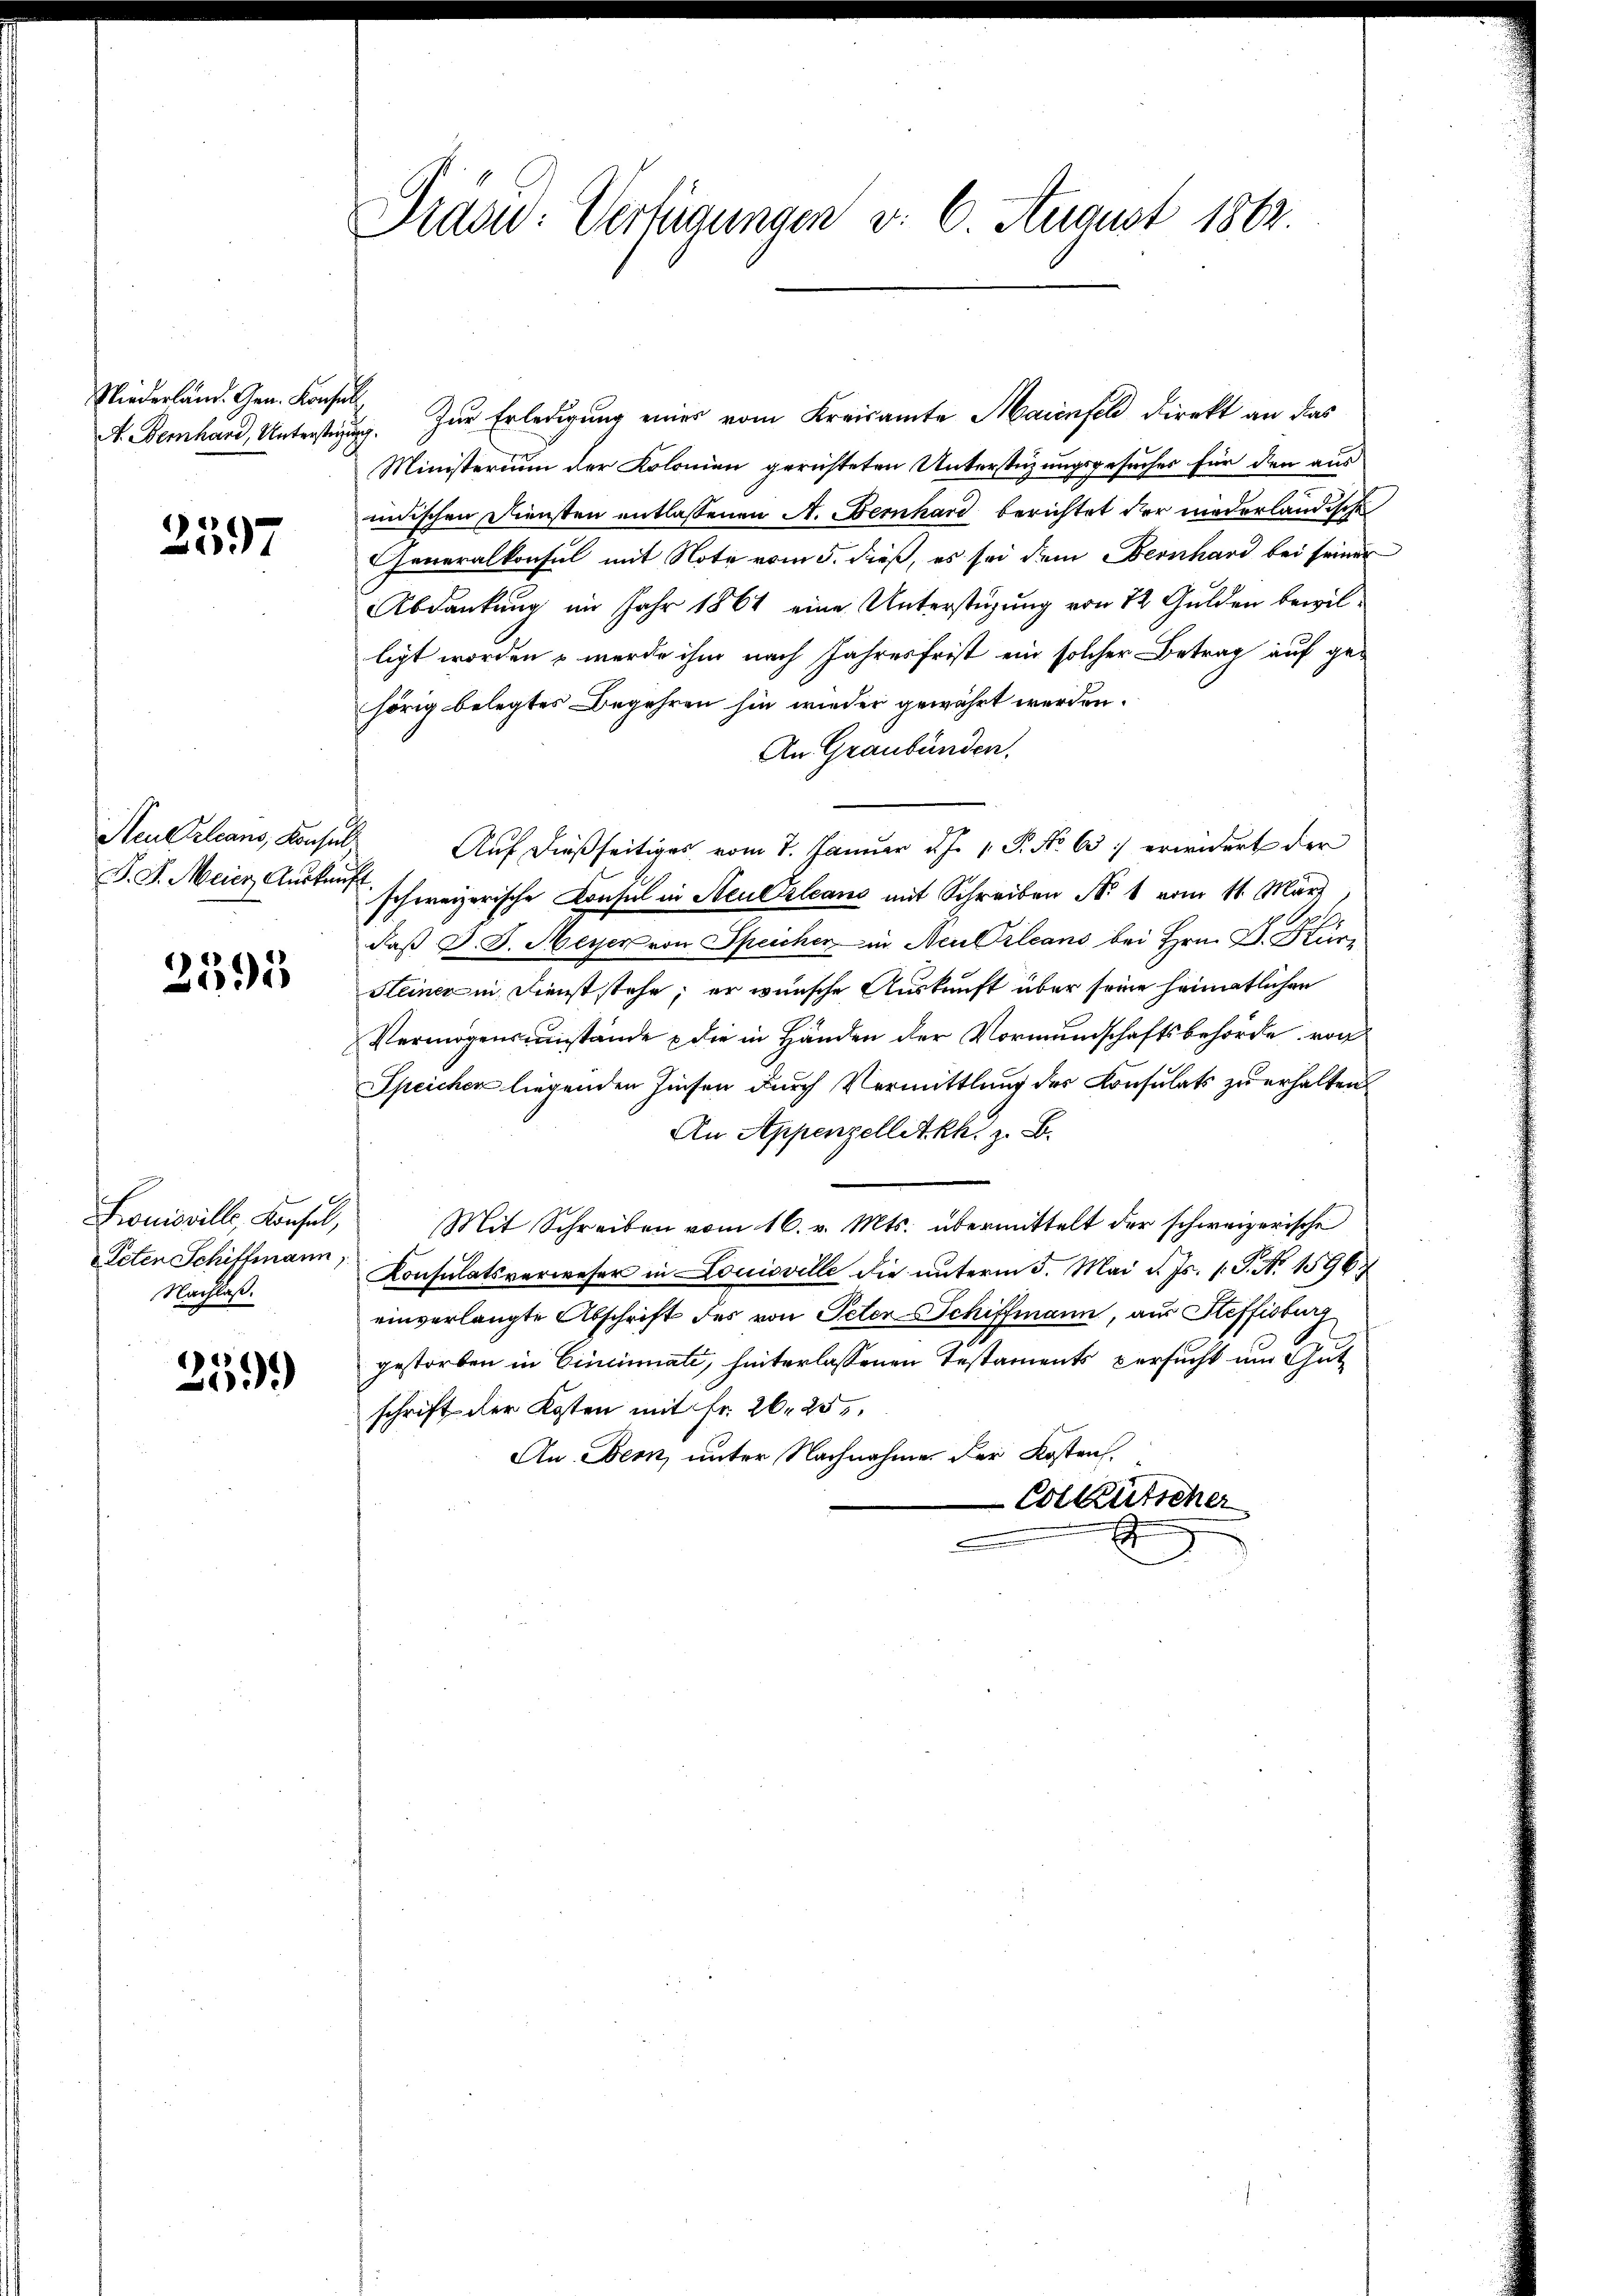
Niederländ. Gen. Konser
A. Demhard, Unterste

2597

2595

Louisville, Konsul,
Peten Schiffmann,
Nachlast.

359.)

Pras: Verfügungen v. 6. August 1862.

t
Zur Erledigung eines vom Kreisamte Maienfeld direkt an das
E.
Ministerium der Kolonien gerichteten Unterstüzungsgesuches für den aus
inischen Diensten entlassenen A. Bernhard berichtet der niederländische
Generalkonsul mit Note vom 5. dieß, es sei dem Bernhard bei seiner
Abdankung im Jahr 1861 eine Unterstüzung von 12 Gulden bewilligt worden werde ihm nach Jahresfrist ein solcher Betrag auf gehörig belegtes Begehren hin wieder gewährt werden.
An Graubünden.
Neukleans, Konsuls Auf dießseitiges vom 7. Januar d. J. 1. P. No 63 erwidert der
F. J. Meier Auskauf schweizerische Consul in Neu Orleans mit Schreiben No 1 vom 11. März
daß D. J. Meyer von Speicher in Neu Orleans bei Hrn. F. Hür¬
Steiner in Dienststehe; er wünsche Auskunft über seine heimatlichen
Vermögensumstände & die in Händen der Vormundschaftsbehörde von
Speicher liegenden Zinsen durch Vermittlung des Konsulats zu erhalten
An Appenzellitkh. z. B.
Mit Schreiben vom 16. v. Mts. übermittelt der schweizerische
Konsulatsverweser in Louisville die unterm 5. Mai d. Js. 1. J. N. 1596.
einverlangte Abschrift des von Peter Schiffmann, aus Steffisburg
gestorben in Cinciati, hinterlassenen Testaments persucht um Gut
schrift der Kosten mit Fr. 26. 25.
An Bern, unter Nachnahme der Kosten
Colktütscher